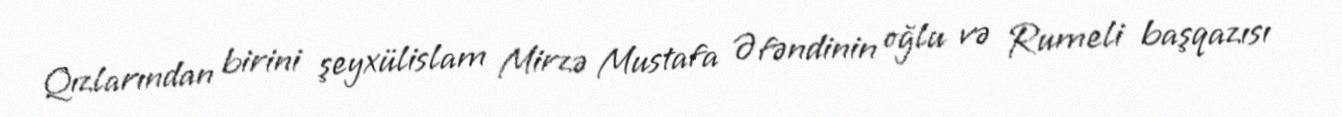
Qızlarından birini şeyxülislam Mirzə Mustafa Əfəndinin oğlu və Rumeli başqazısı